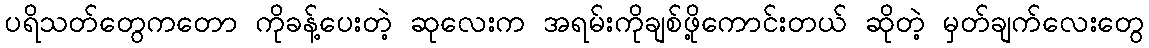
ပရိသတ်တွေကတော ကိုခန့်ပေးတဲ့ ဆုလေးက အရမ်းကိုချစ်ဖို့ကောင်းတယ် ဆိုတဲ့ မှတ်ချက်လေးတွေ